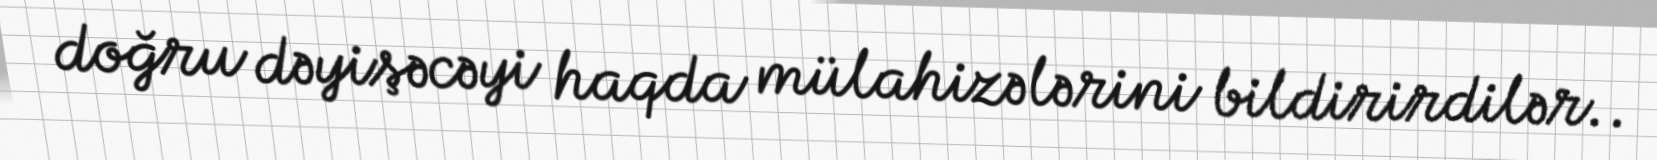
doğru dəyişəcəyi haqda mülahizələrini bildirirdilər..